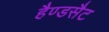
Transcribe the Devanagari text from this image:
हैण्डसैट